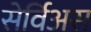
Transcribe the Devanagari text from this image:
सेर्विअस